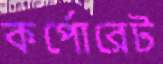
কর্পোরেট